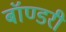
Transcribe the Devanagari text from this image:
बॉण्डरी